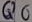
Text: Q6